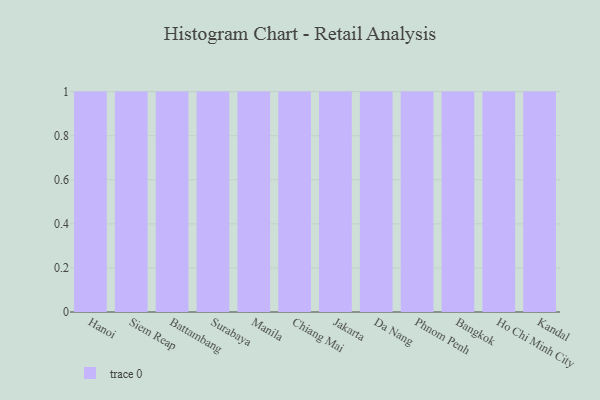
{"axis": {"x": "City", "y": "Demand Index"}, "legend": [""], "data": [{"x": "Hanoi", "y": 38, "type": ""}, {"x": "Siem Reap", "y": 43, "type": ""}, {"x": "Battambang", "y": 13, "type": ""}, {"x": "Surabaya", "y": 38, "type": ""}, {"x": "Manila", "y": 52, "type": ""}, {"x": "Chiang Mai", "y": 81, "type": ""}, {"x": "Jakarta", "y": 89, "type": ""}, {"x": "Da Nang", "y": 47, "type": ""}, {"x": "Phnom Penh", "y": 93, "type": ""}, {"x": "Bangkok", "y": 19, "type": ""}, {"x": "Ho Chi Minh City", "y": 93, "type": ""}, {"x": "Kandal", "y": 40, "type": ""}]}